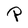
Character: P